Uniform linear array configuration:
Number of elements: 24
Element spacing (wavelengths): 0.75
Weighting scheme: kaiser
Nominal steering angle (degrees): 45
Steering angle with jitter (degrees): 44.987
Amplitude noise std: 0.05
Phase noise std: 0.05

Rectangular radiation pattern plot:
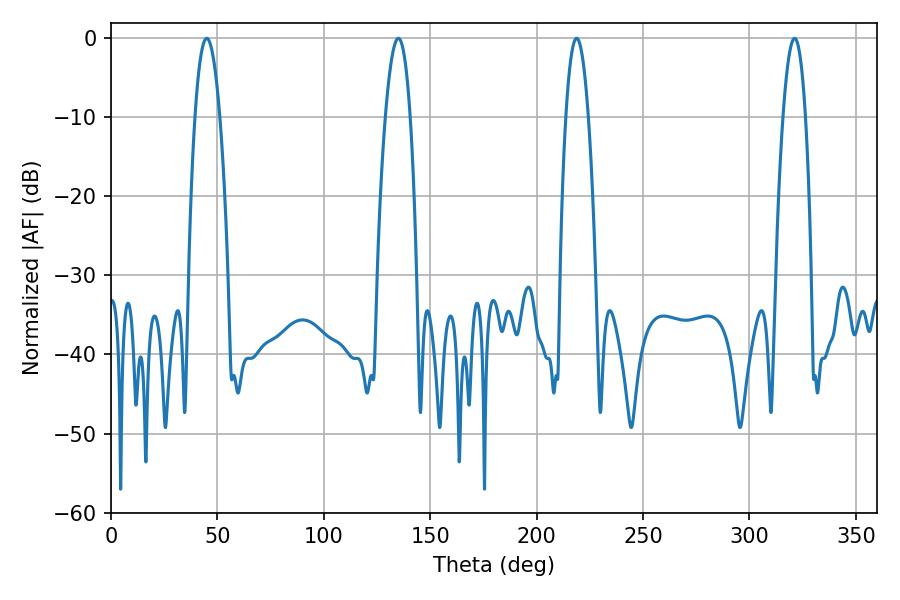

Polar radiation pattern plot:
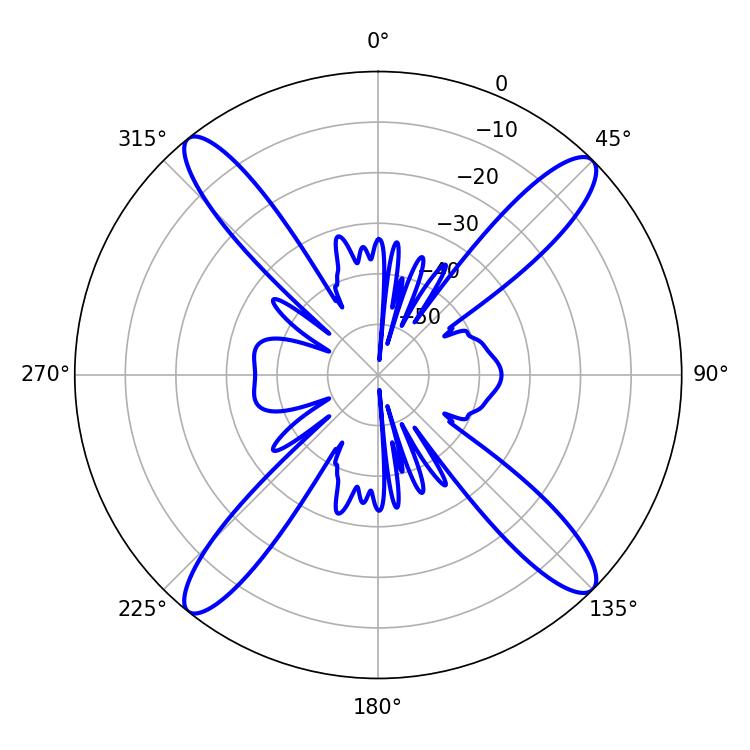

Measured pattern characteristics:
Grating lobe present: TRUE
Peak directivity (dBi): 17.729
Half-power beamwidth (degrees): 6.3
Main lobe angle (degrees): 45